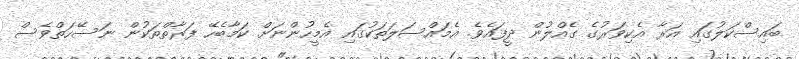
ބައިސްކަލުގައި އަރާ އެކިވަރުގެ ގެއްލުން ދީފައެވެ. އެމައްސަލަތަކުގައި އެމީހުންނަށް ކަމާބެހޭ ފަރާތްތަކުން ނަސޭހަތްވެސް